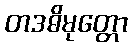
တဒဓိမုတ္တော